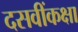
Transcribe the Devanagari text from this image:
दसवींकक्षा